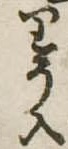
りう入